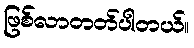
ဖြစ်လာတတ်ပါတယ်။